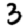
Digit: 3